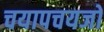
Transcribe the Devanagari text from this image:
चयापचयजों